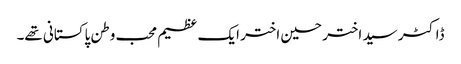
ڈاکٹر سید اختر حسین اختر ایک عظیم محب وطن پاکستانی تھے۔